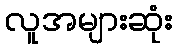
လူအများဆုံး